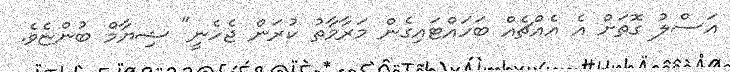
އަސްލު ގޮތަށް އެ އެއްޗެއް ބަހައްޓައިގެން މަރާމާތު ކުރަން ޖެހެނީ" ޝިޔާމް ބުންޏެވެ.